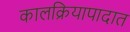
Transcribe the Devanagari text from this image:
कालक्रियापादात